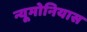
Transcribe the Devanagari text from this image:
न्यूमोनियास